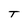
Character: T